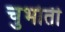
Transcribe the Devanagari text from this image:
चुभोती